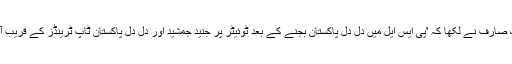
ایک صارف نے لکھا کہ 'پی ایس ایل میں دل دل پاکستان بجنے کے بعد ٹوئیٹر پر جنید جمشید اور دل دل پاکستان ٹاپ ٹرینڈز کے قریب آگیا'۔